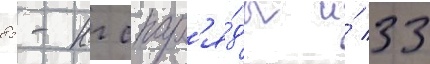
85-кг снар'я́ды и́ 33